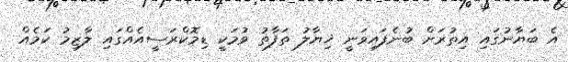
އެ ބަޔާނުގައި އިތުރަށް ބުނެފައިވަނީ ޚިޔާލު ތަފާތު ވުމަކީ ޑިމޮކްރަސީއެއްގައި ލާޒިމު ކަމެއް